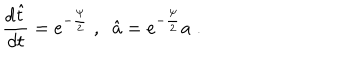
LaTeX: \frac { d \hat { t } } { d t } = e ^ { - \frac { \psi } { 2 } } \; , \; \; \hat { a } = e ^ { - \frac { \psi } { 2 } } a \; .